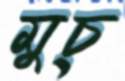
মুচ্